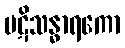
ပဋိသန္ဓာရကော